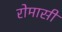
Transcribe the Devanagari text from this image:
रोमासी